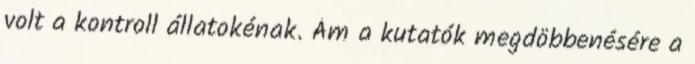
volt a kontroll állatokénak. Ám a kutatók megdöbbenésére a